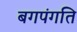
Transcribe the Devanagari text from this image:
बगपंगति